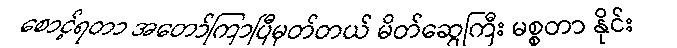
စောင့်ရတာ အတော်ကြာပြီမှတ်တယ် မိတ်ဆွေကြီး မစ္စတာ နိုင်း